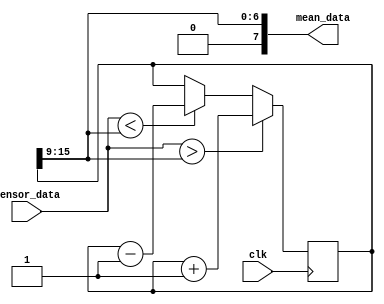
`timescale 1ns/1ps
module filter (
  input        clk,
  input  [7:0] sensor_data,
  output [7:0] mean_data
);

reg [15:0] filter;
assign mean_data = filter[15:9];
always @(posedge clk) begin
  if      (sensor_data > mean_data) filter <= filter + 1'b1;
  else if (sensor_data < mean_data) filter <= filter - 1'b1;
end

endmodule